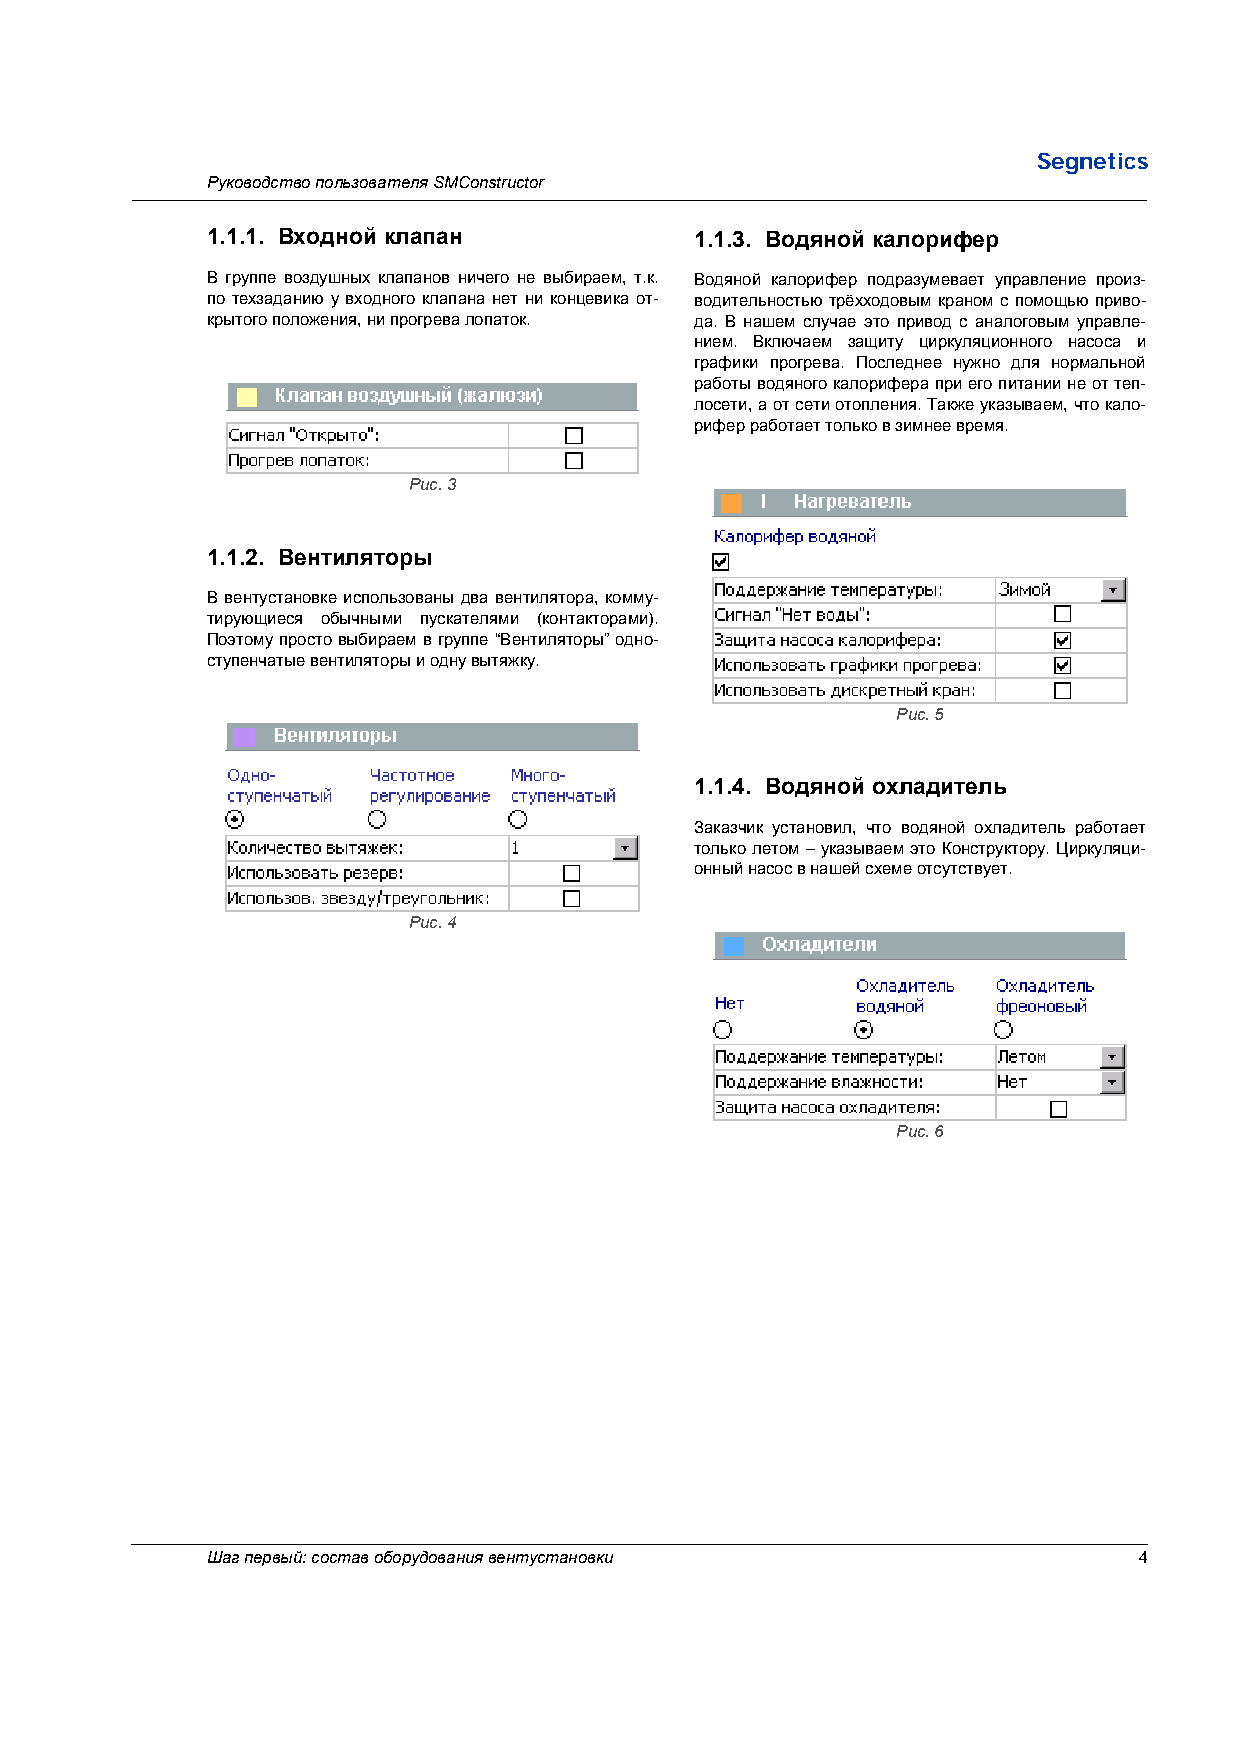
Segnetics
 Руководство пользователя SMConstructor
 1.1.1. Входной клапан           1.1.3. Водяной калорифер
 В группе воздушных клапанов ничего не выбираем, т.к. Водяной калорифер подразумевает управление произ-
 по техзаданию у входного клапана нет ни концевика от- водительностью трёхходовым краном с помощью приво-
 крытого положения, ни прогрева лопаток. да. В нашем случае это привод с аналоговым управле-
 нием. Включаем защиту циркуляционного насоса и
 графики прогрева. Последнее нужно для нормальной
 работы водяного калорифера при его питании не от теп-
 лосети, а от сети отопления. Также указываем, что кало-
 рифер работает только в зимнее время.
 Рис. 3
 1.1.2. Вентиляторы
 В вентустановке использованы два вентилятора, комму-
 тирующиеся обычными пускателями (контакторами).
 Поэтому просто выбираем в группе “Вентиляторы” одно-
 ступенчатые вентиляторы и одну вытяжку.
 Рис. 5
 1.1.4. Водяной охладитель
 Заказчик установил, что водяной охладитель работает
 только летом – указываем это Конструктору. Циркуляци-
 онный насос в нашей схеме отсутствует.
 Рис. 4
 Рис. 6
 Шаг первый: состав оборудования вентустановки                4